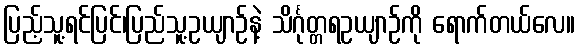
ပြည့်သူ့ရင်ပြင်၊ပြည်သူ့ဥယျာဉ်နဲ့ သိင်္ဂုတ္တရဥယျာဉ်ကို ရောက်တယ်လေ။